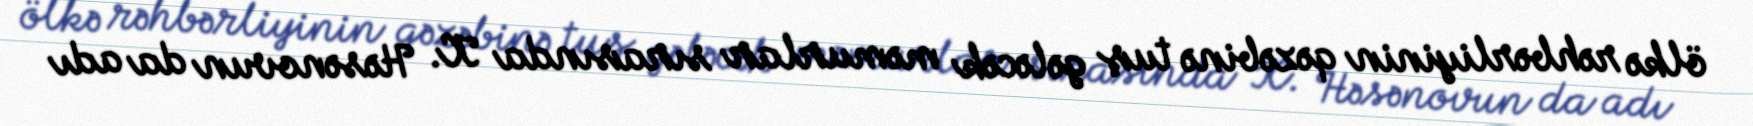
ölkə rəhbərliyinin qəzəbinə tuş gələcək məmurlar sırasında K. Həsənovun da adı